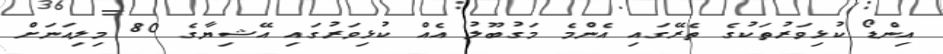
އިންޑޯ ކުޅިވަރުތަކުގެ ތެރޭގައި އެންމެ މަގުބޫލު އެއް ކުޅިވަރުގައި އޭޝިޔާގެ 80 މިލިއަނަށް